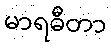
မာရဓီတာ